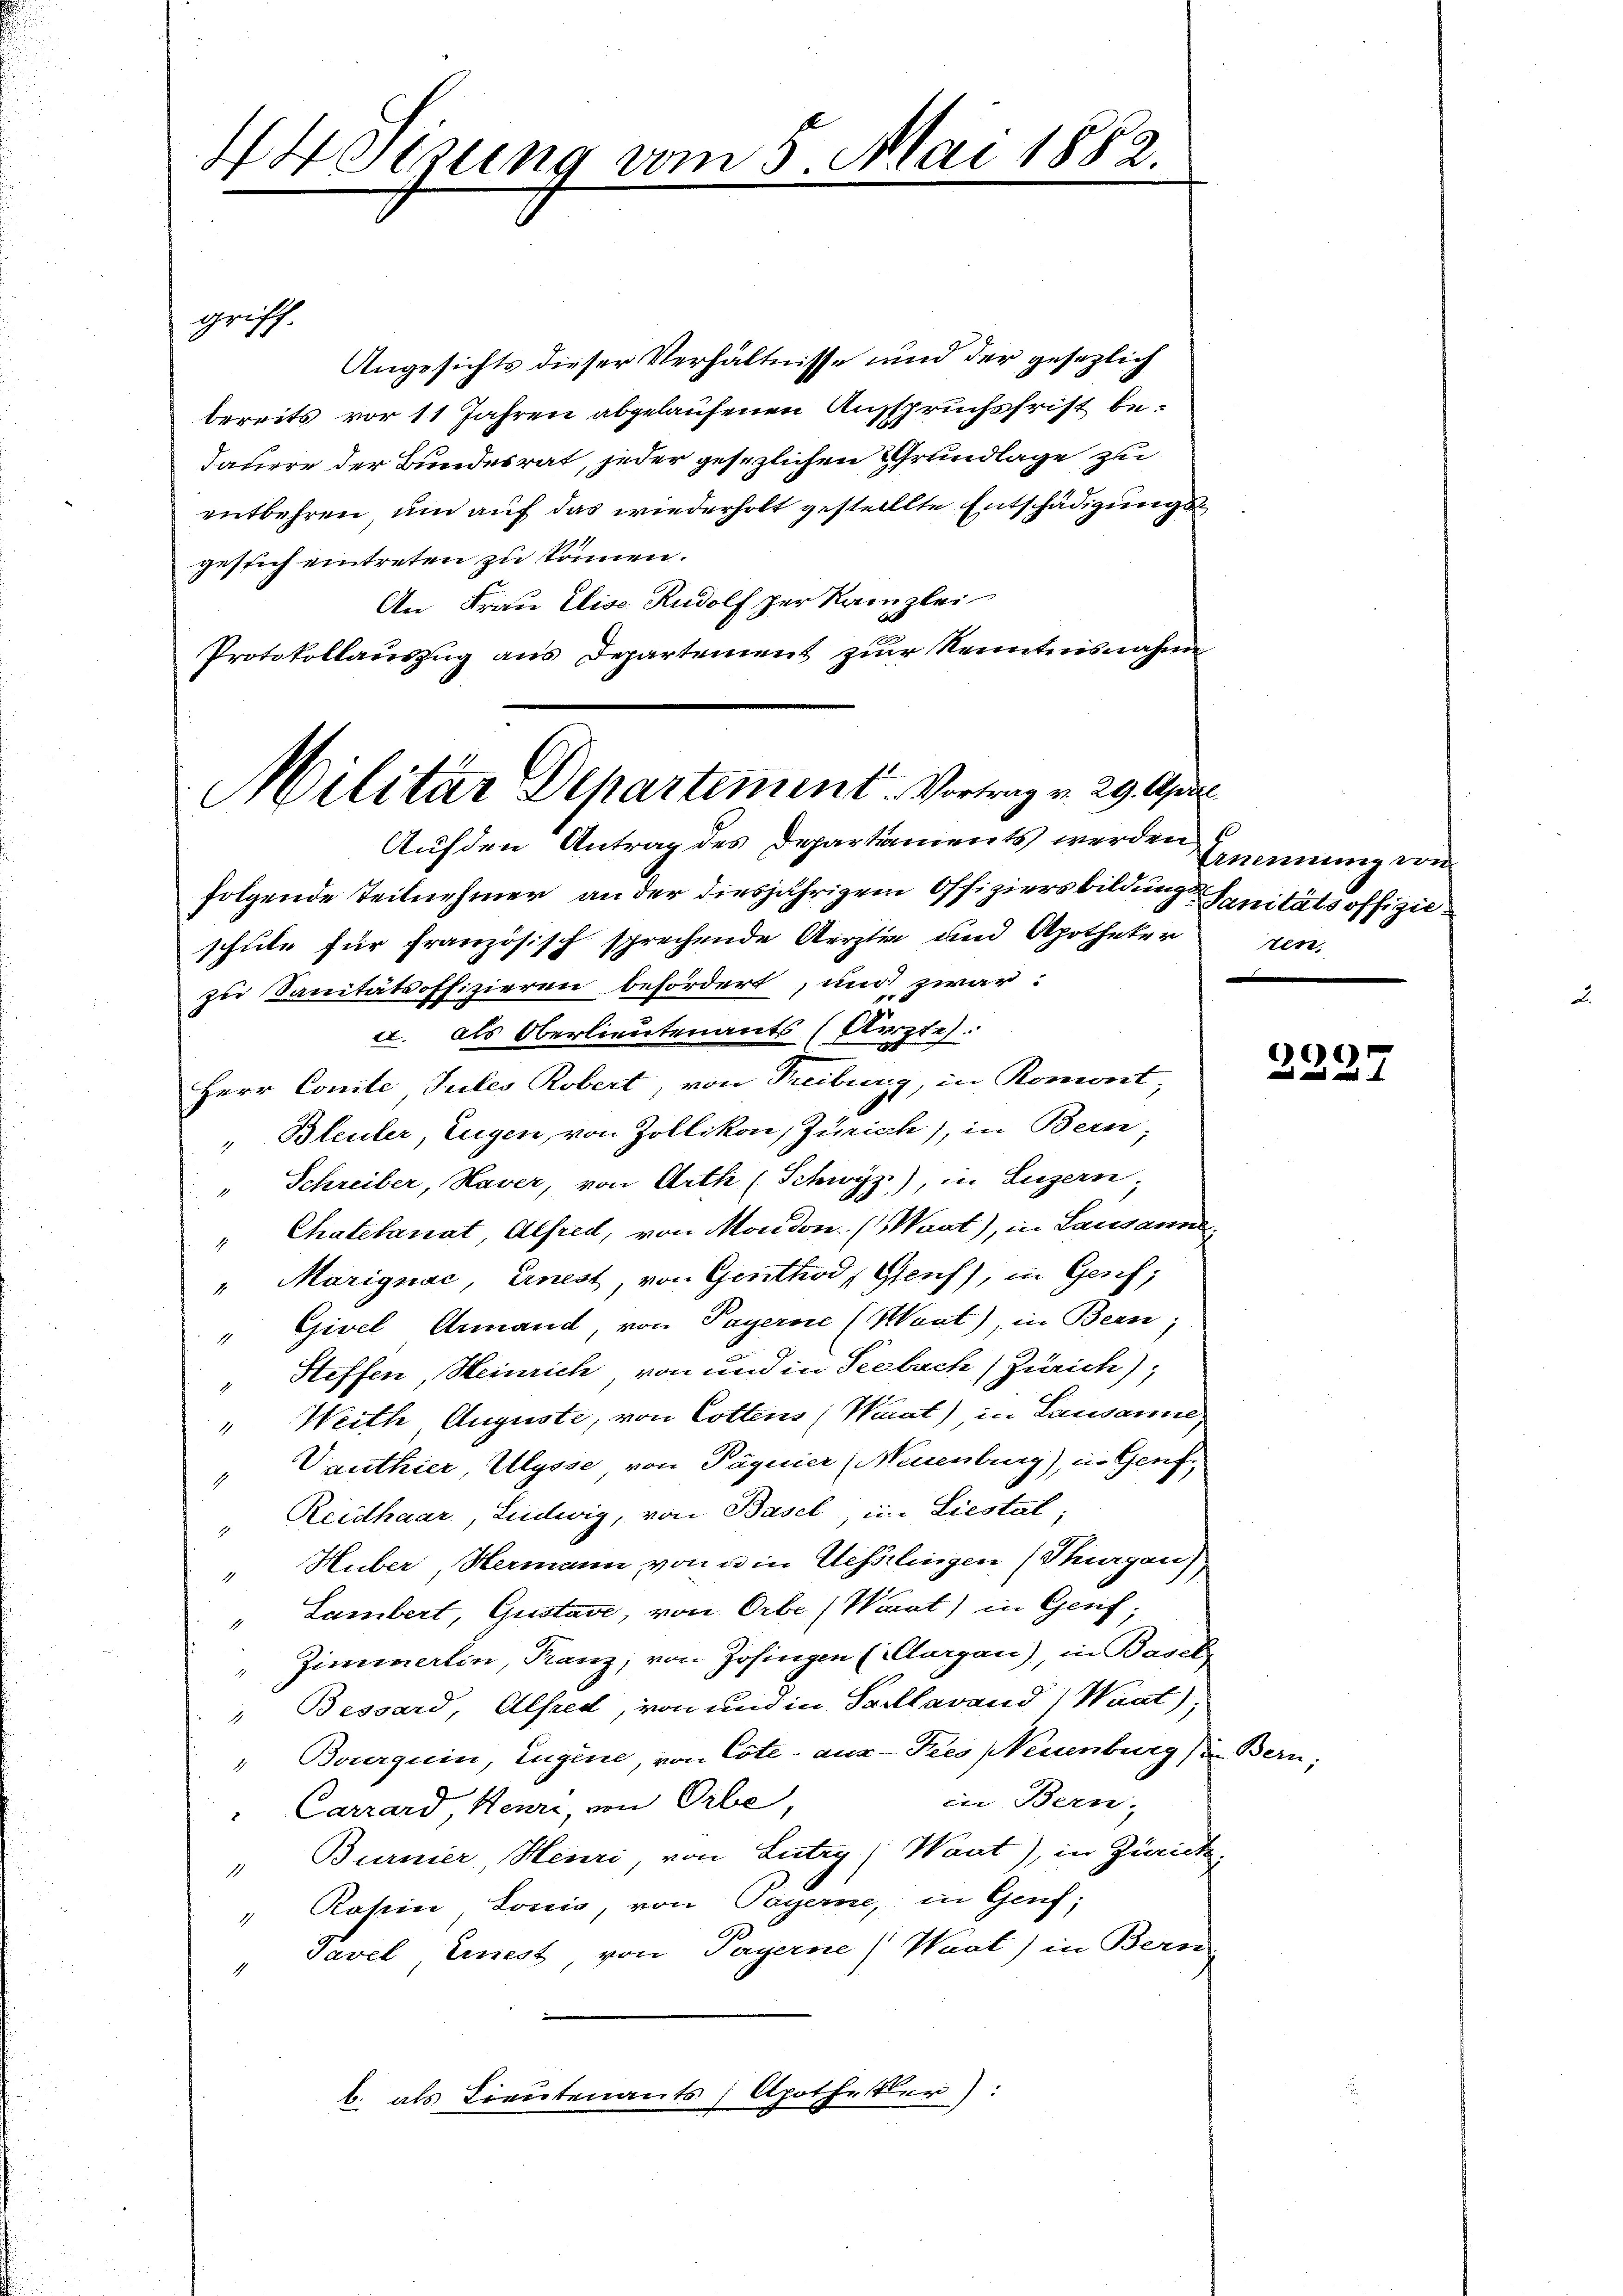
4 Weisung vom 5. Mai 1882.

Angesichts dieser Verhältnisse und der gesezlich
bereits vor 11 Jahren abgelaufenen Ausspruchsfrist bedauere der Bundesrat, jeder gesezlichen Grundlage zu
entbehren, um auf das wiederholt gestellte Entschädigungsgesich eintreten zu können.
An Frau Elise Rudolf zur Kanzlei
Protokollauszug aus Departement zur Kenntnisnahme

griff.

Militar Departement. Vortrag v. 29. April
Aufden Antrag des Departiments werden,

folgende Teilnehmer an der diesjährigem Offiziers bildung Sanitätsoffizie
schule für französisch sprechende Aerzten und Apothekerren.
zu Sanitätsoffizieren befördert, und zwar:
A. als Oberlieutenants Arzte.
Herr Comte Jules Robert, von Freiburg, in Romont,
Bleuler, Eugen, von Zollikon, Zürich), in Bern,
Schreiber, Haver, von Arth (Schwyz), in Luzern,
" Chatelanat, Alfred, von Moudon (Waat), in Lausanne
Marignac, Ernest, von Genthod, Gleich, in Genf,
1
" Givel Armand, von Payerne (Want) in Bern;
"Steffen, Heinrich von und in Seebach (Zürich),
" Weith Auguste, von Cottens (Waat), in Lausanne
Vanthier, Ulysse von Paguier (Neuenburg), in Genf.
1
" Reidhaar, Ludwig, von Basel, in Liestal,
Huber, Hermann von u in Uesslingen (Thurgau),
2
" Lambert, Gustave, von Orbe (Warat) in Genf,
" Zimmerlin, Franz, von Zofingen (Clargau), in Basel
Bessard, Alfred, von und in Pallaband Waat),
4.
" Bourguin, Eugene, von Cote- aus-Pees, Neuenburg (in Bern;
in Bern,
Carrard Henri, von Orbe,
Burnier, Henri, von Lutry) Want), in Zürich,
.
" Rasein, Lonie, von Payerne, in Genf;
Tavel, Einest, von Payerne) Waat) in Bern
1
b. als Lieutenants Apotheker):

Anenung von

6)
un und d